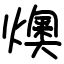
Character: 燠